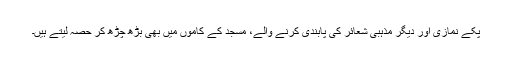
پکے نمازی اور دیگر مذہبی شعائر کی پابندی کرنے والے، مسجد کے کاموں میں بھی بڑھ چڑھ کر حصہ لیتے ہیں۔